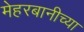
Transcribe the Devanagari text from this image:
मेहरबानीच्या